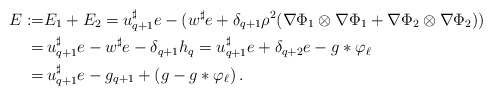
\begin{align*}E :=& E_1 + E_2 = u_{q+1}^\sharp e - (w^\sharp e + \delta_{q+1} \rho^2 (\nabla \Phi_1 \otimes \nabla \Phi_1 + \nabla \Phi_2 \otimes \nabla \Phi_2))\\=&\, u_{q+1}^\sharp e - w^\sharp e - \delta_{q+1} h_q = u_{q+1}^\sharp e + \delta_{q+2} e - g*\varphi_\ell \\ =&\, u_{q+1}^\sharp e - g_{q+1}+(g-g*\varphi_\ell)\, .\end{align*}